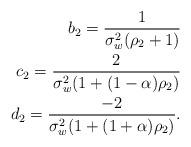
LaTeX: \begin{align*}b_2=\frac{1}{\sigma_w^2(\rho_2+1)} \\c_2=\frac{2}{\sigma_w^2(1+(1-\alpha)\rho_2)}\\ d_2=\frac{-2}{\sigma_w^2(1+(1+\alpha)\rho_2)}.\end{align*}